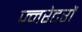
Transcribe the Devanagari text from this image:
ज्नरेटरों